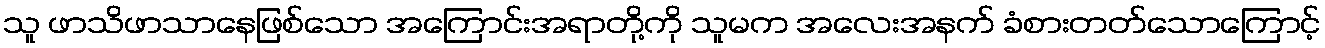
သူ ဖာသိဖာသာနေဖြစ်သော အကြောင်းအရာတို့ကို သူမက အလေးအနက် ခံစားတတ်သောကြောင့်